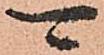
可